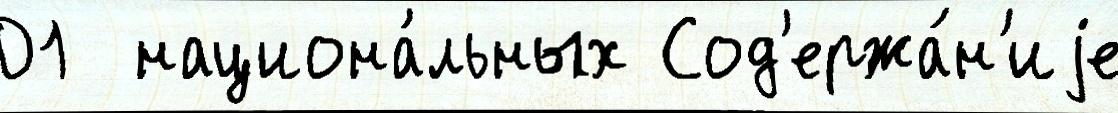
01  национа́льных Сод'ержа́н'иjе